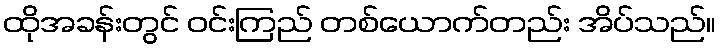
ထိုအခန်းတွင် ဝင်းကြည် တစ်ယောက်တည်း အိပ်သည်။